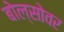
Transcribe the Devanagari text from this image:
बोल्सोवर